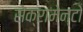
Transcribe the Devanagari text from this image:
सेक्रामेन्टो